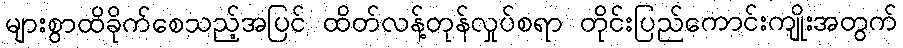
များစွာထိခိုက်စေသည့်အပြင် ထိတ်လန့်တုန်လှုပ်စရာ တိုင်းပြည်ကောင်းကျိုးအတွက်